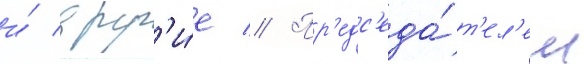
и́ друг'и́е // Пр'едс'еда́т'ел'ем